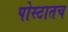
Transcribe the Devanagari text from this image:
पोस्टातच